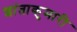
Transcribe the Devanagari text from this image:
शांताकुमारी